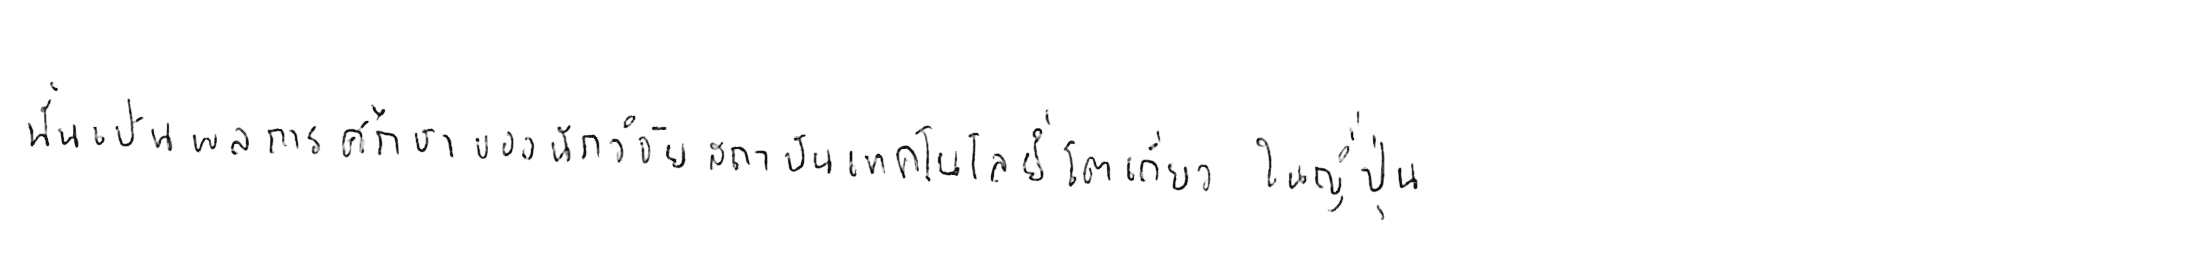
นั่นเป็นผลการศึกษาของนักวิจัยสถาบันเทคโนโลยีโตเกียว ในญี่ปุ่น